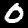
Digit: 0